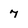
Character: 7